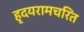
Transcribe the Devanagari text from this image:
हृदयरामचरित